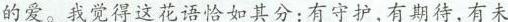
的爱。我觉得这花语恰如其分:有守护,有期待,有未